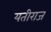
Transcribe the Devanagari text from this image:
यतीराज